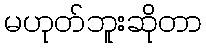
မဟုတ်ဘူးဆိုတာ